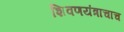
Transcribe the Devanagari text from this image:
शिवणयंत्राचाच